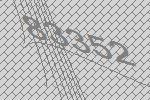
83352